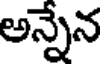
అన్నేన